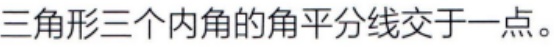
三角形三个内角的角平分线交于一点。